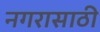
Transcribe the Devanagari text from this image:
नगरासाठी